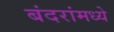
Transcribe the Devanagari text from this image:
बंदरांमध्ये